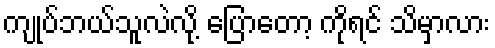
ကျုပ်ဘယ်သူလဲလို့ ပြောတော့ ကိုရင် သိမှာလား